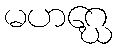
မဟဂ္ဃေ